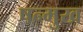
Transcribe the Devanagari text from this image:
षन्मुख